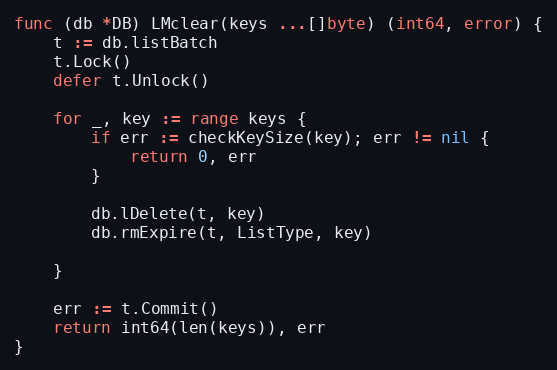
Language: Go
func (db *DB) LMclear(keys ...[]byte) (int64, error) {
	t := db.listBatch
	t.Lock()
	defer t.Unlock()

	for _, key := range keys {
		if err := checkKeySize(key); err != nil {
			return 0, err
		}

		db.lDelete(t, key)
		db.rmExpire(t, ListType, key)

	}

	err := t.Commit()
	return int64(len(keys)), err
}